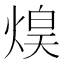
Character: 𤋡